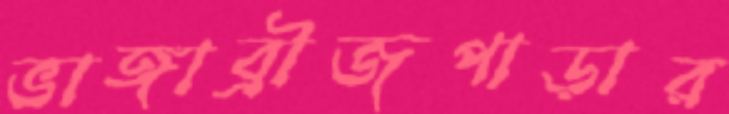
ভাঙ্গাব্রীজপাড়ার